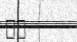
١٤